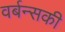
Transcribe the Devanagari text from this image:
वर्बन्सकी